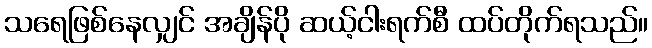
သရေဖြစ်နေလျှင် အချိန်ပို ဆယ့်ငါးရက်စီ ထပ်တိုက်ရသည်။